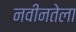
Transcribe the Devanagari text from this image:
नवीनतेला